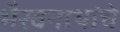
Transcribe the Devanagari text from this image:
भैरवनाथांचे